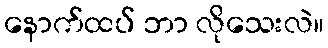
နောက်ထပ် ဘာ လိုသေးလဲ။